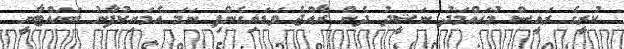
ކުރީގެ ރައީސް މުހައްމަދު ނަޝީދު ދެން ރާއްޖެ ވަޑައިގެންފި ނަމަ އެމަނިކުފާނު ބަހައްޓާނީ